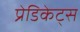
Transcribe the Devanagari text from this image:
प्रेडिकेट्स